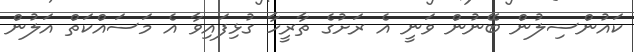
ކައުންސިލުން ބޭނުން ވަނީ އެ ރަށުގެ ތާރީހާ ގުޅިފައިވާ އެ މަސައްކަތް އަލުން